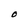
Character: O